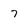
Character: 7